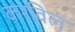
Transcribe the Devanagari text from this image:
करविलं